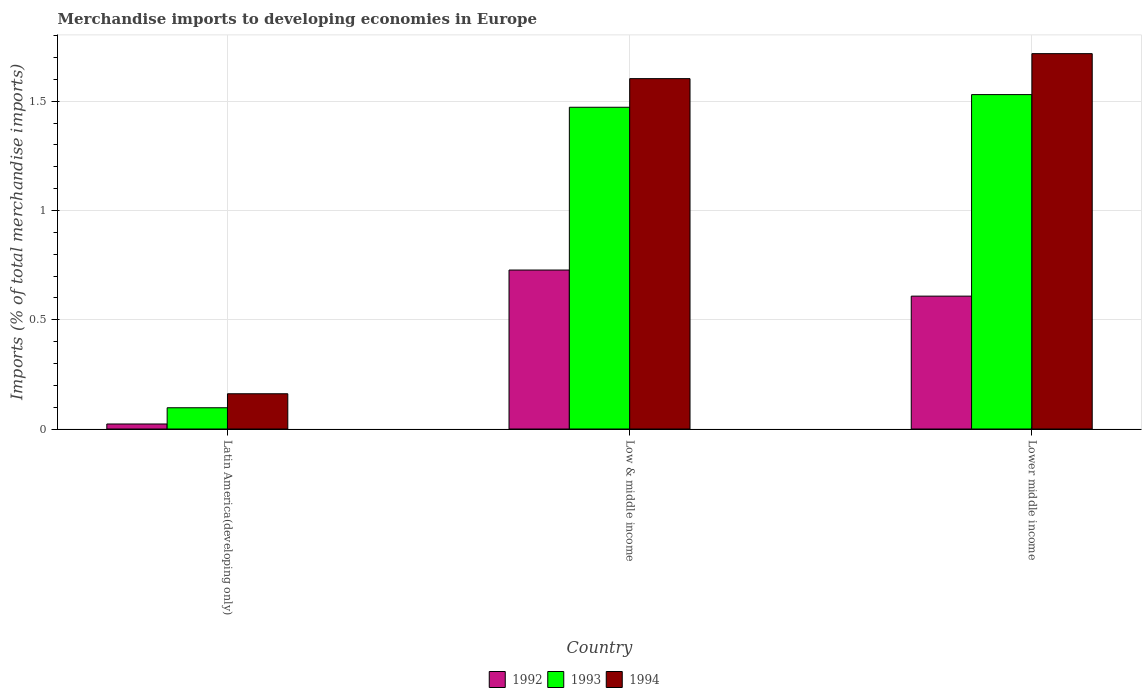
| Country | 1992 | 1993 | 1994 |
 | --- | --- | --- | --- |
 | Latin America(developing only) | 0.023 | 0.0973 | 0.161 |
 | Low & middle income | 0.728 | 1.47 | 1.6 |
 | Lower middle income | 0.608 | 1.53 | 1.72 |